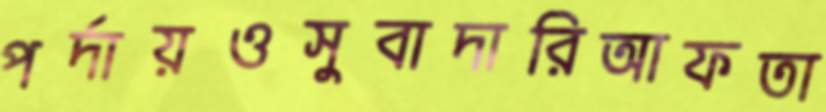
পর্দায়ওসুবাদারিআফতা